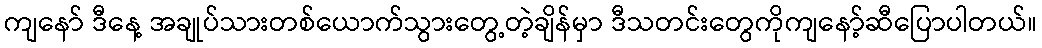
ကျနော် ဒီနေ့ အချုပ်သားတစ်ယောက်သွားတွေ့တဲ့ချိန်မှာ ဒီသတင်းတွေကိုကျနော့်ဆီပြောပါတယ်။